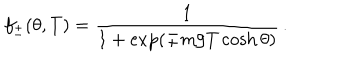
f _ { \pm } ( \theta , T ) = \frac { 1 } { 1 + \exp ( \mp m / T \cosh \theta ) } \, .